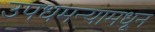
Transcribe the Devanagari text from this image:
उपधमन्यामधून